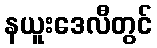
နယူးဒေလီတွင်